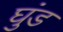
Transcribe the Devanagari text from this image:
घुंड